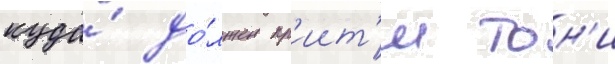
куда́ до́лжен пр'иит'и тон'и